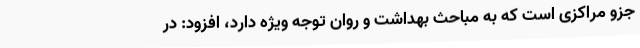
جزو مراکزی است که به مباحث بهداشت و روان توجه ویژه دارد، افزود: در